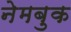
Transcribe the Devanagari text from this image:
नेमबुक